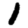
Digit: 1